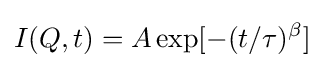
I(Q,t)=A\exp[-(t/\tau )^{\beta }]